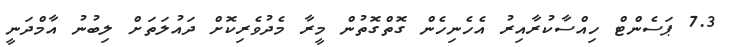
7.3 ޕަސެންޓް ހިއްސާކުރާއިރު އެހެނިހެން ގޮތްގޮތުން މީރާ މެދުވެރިކޮށް ދައުލަތަށް ލިބުނު އާމްދަނީ